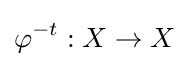
\varphi ^{-t}:X\to X